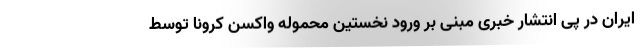
ایران در پی انتشار خبری مبنی بر ورود نخستین محموله واکسن کرونا توسط